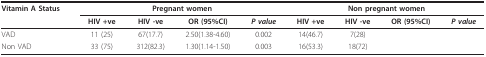
| Vitamin A Status | <COLSPAN=4> Pregnant women | <COLSPAN=4> Non pregnant women |
 |  | HIV +ve | HIV -ve | OR (95%CI) | P value | HIV +ve | HIV -ve | OR (95%CI) | P value |
 | --- | --- | --- | --- | --- | --- | --- | --- | --- |
 | VAD | 11 (25) | 67(17.7) | 2.50(1.38-4.60) | 0.002 | 14(46.7) | 7(28) |  |  |
 | Non VAD | 33 (75) | 312(82.3) | 1.30(1.14-1.50) | 0.003 | 16(53.3) | 18(72) |  |  |